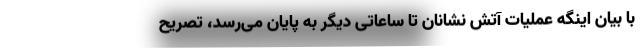
با بیان اینگه عملیات آتش نشانان تا ساعاتی دیگر به پایان می‌رسد، تصریح